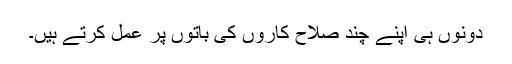
دونوں ہی اپنے چند صلاح کاروں کی باتوں پر عمل کرتے ہیں۔